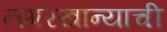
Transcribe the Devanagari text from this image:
नगरखान्याची